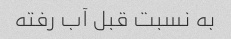
به نسبت قبل آب رفته